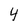
Character: 4